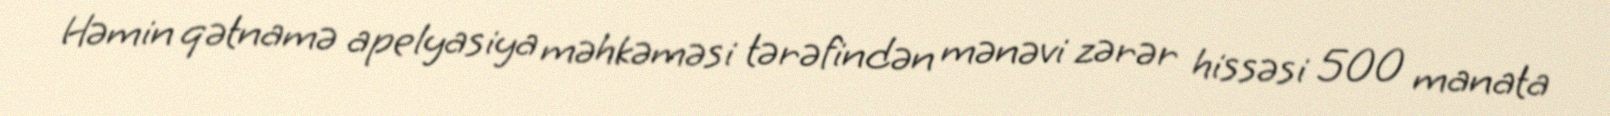
Həmin qətnamə apelyasiya məhkəməsi tərəfindən mənəvi zərər hissəsi 500 manata